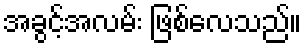
အခွင့်အလမ်း ဖြစ်လေသည်။